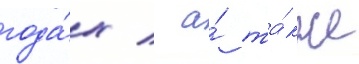
года́х / а́ та́кже